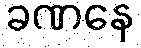
ခဏနေ